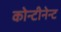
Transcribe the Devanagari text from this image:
कोन्टीनेन्ट